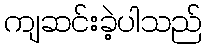
ကျဆင်းခဲ့ပါသည်